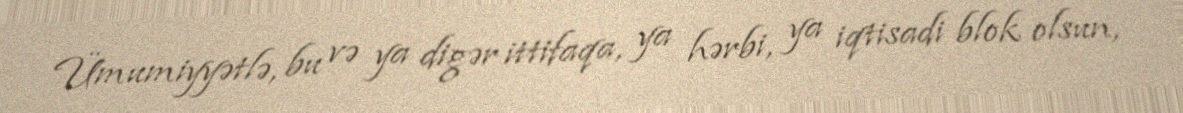
Ümumiyyətlə, bu və ya digər ittifaqa, ya hərbi, ya iqtisadi blok olsun,